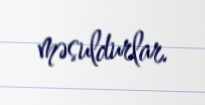
məsuldurlar.